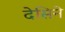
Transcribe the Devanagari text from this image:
देसिने